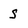
Character: S